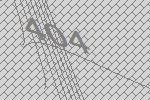
404